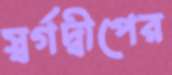
স্বর্গদ্বীপের